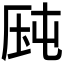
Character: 𰆛